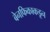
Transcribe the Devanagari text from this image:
बेनफिकाकडून